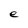
Character: e